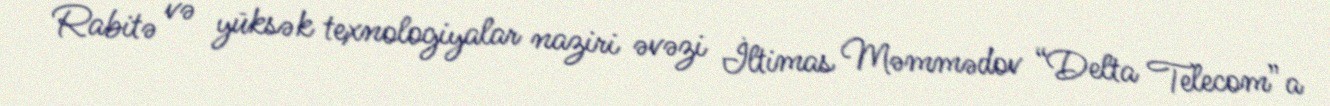
Rabitə və yüksək texnologiyalar naziri əvəzi İltimas Məmmədov “Delta Telecom”a